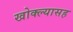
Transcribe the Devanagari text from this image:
खोक्ल्यासह